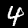
Label: 4